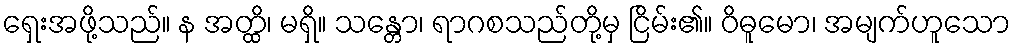
ရှေးအဖို့သည်။ န အတ္ထိ၊ မရှိ။ သန္တော၊ ရာဂစသည်တို့မှ ငြိမ်း၏။ ဝိဓူမော၊ အမျက်ဟူသော